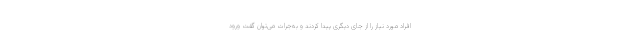
افراد مورد نیاز را از جای دیگری پیدا کردند و به‌جرات می‌توان گفت ورود